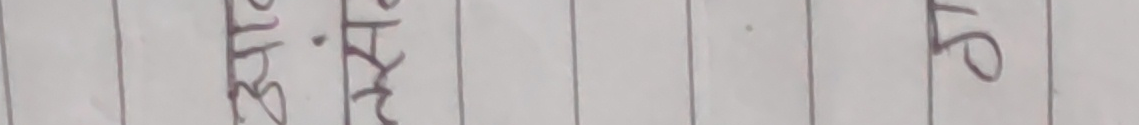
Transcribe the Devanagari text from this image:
४। साहा